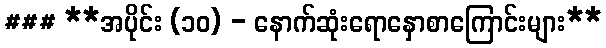
### **အပိုင်း (၁၀) - နောက်ဆုံးရောနှောစာကြောင်းများ**